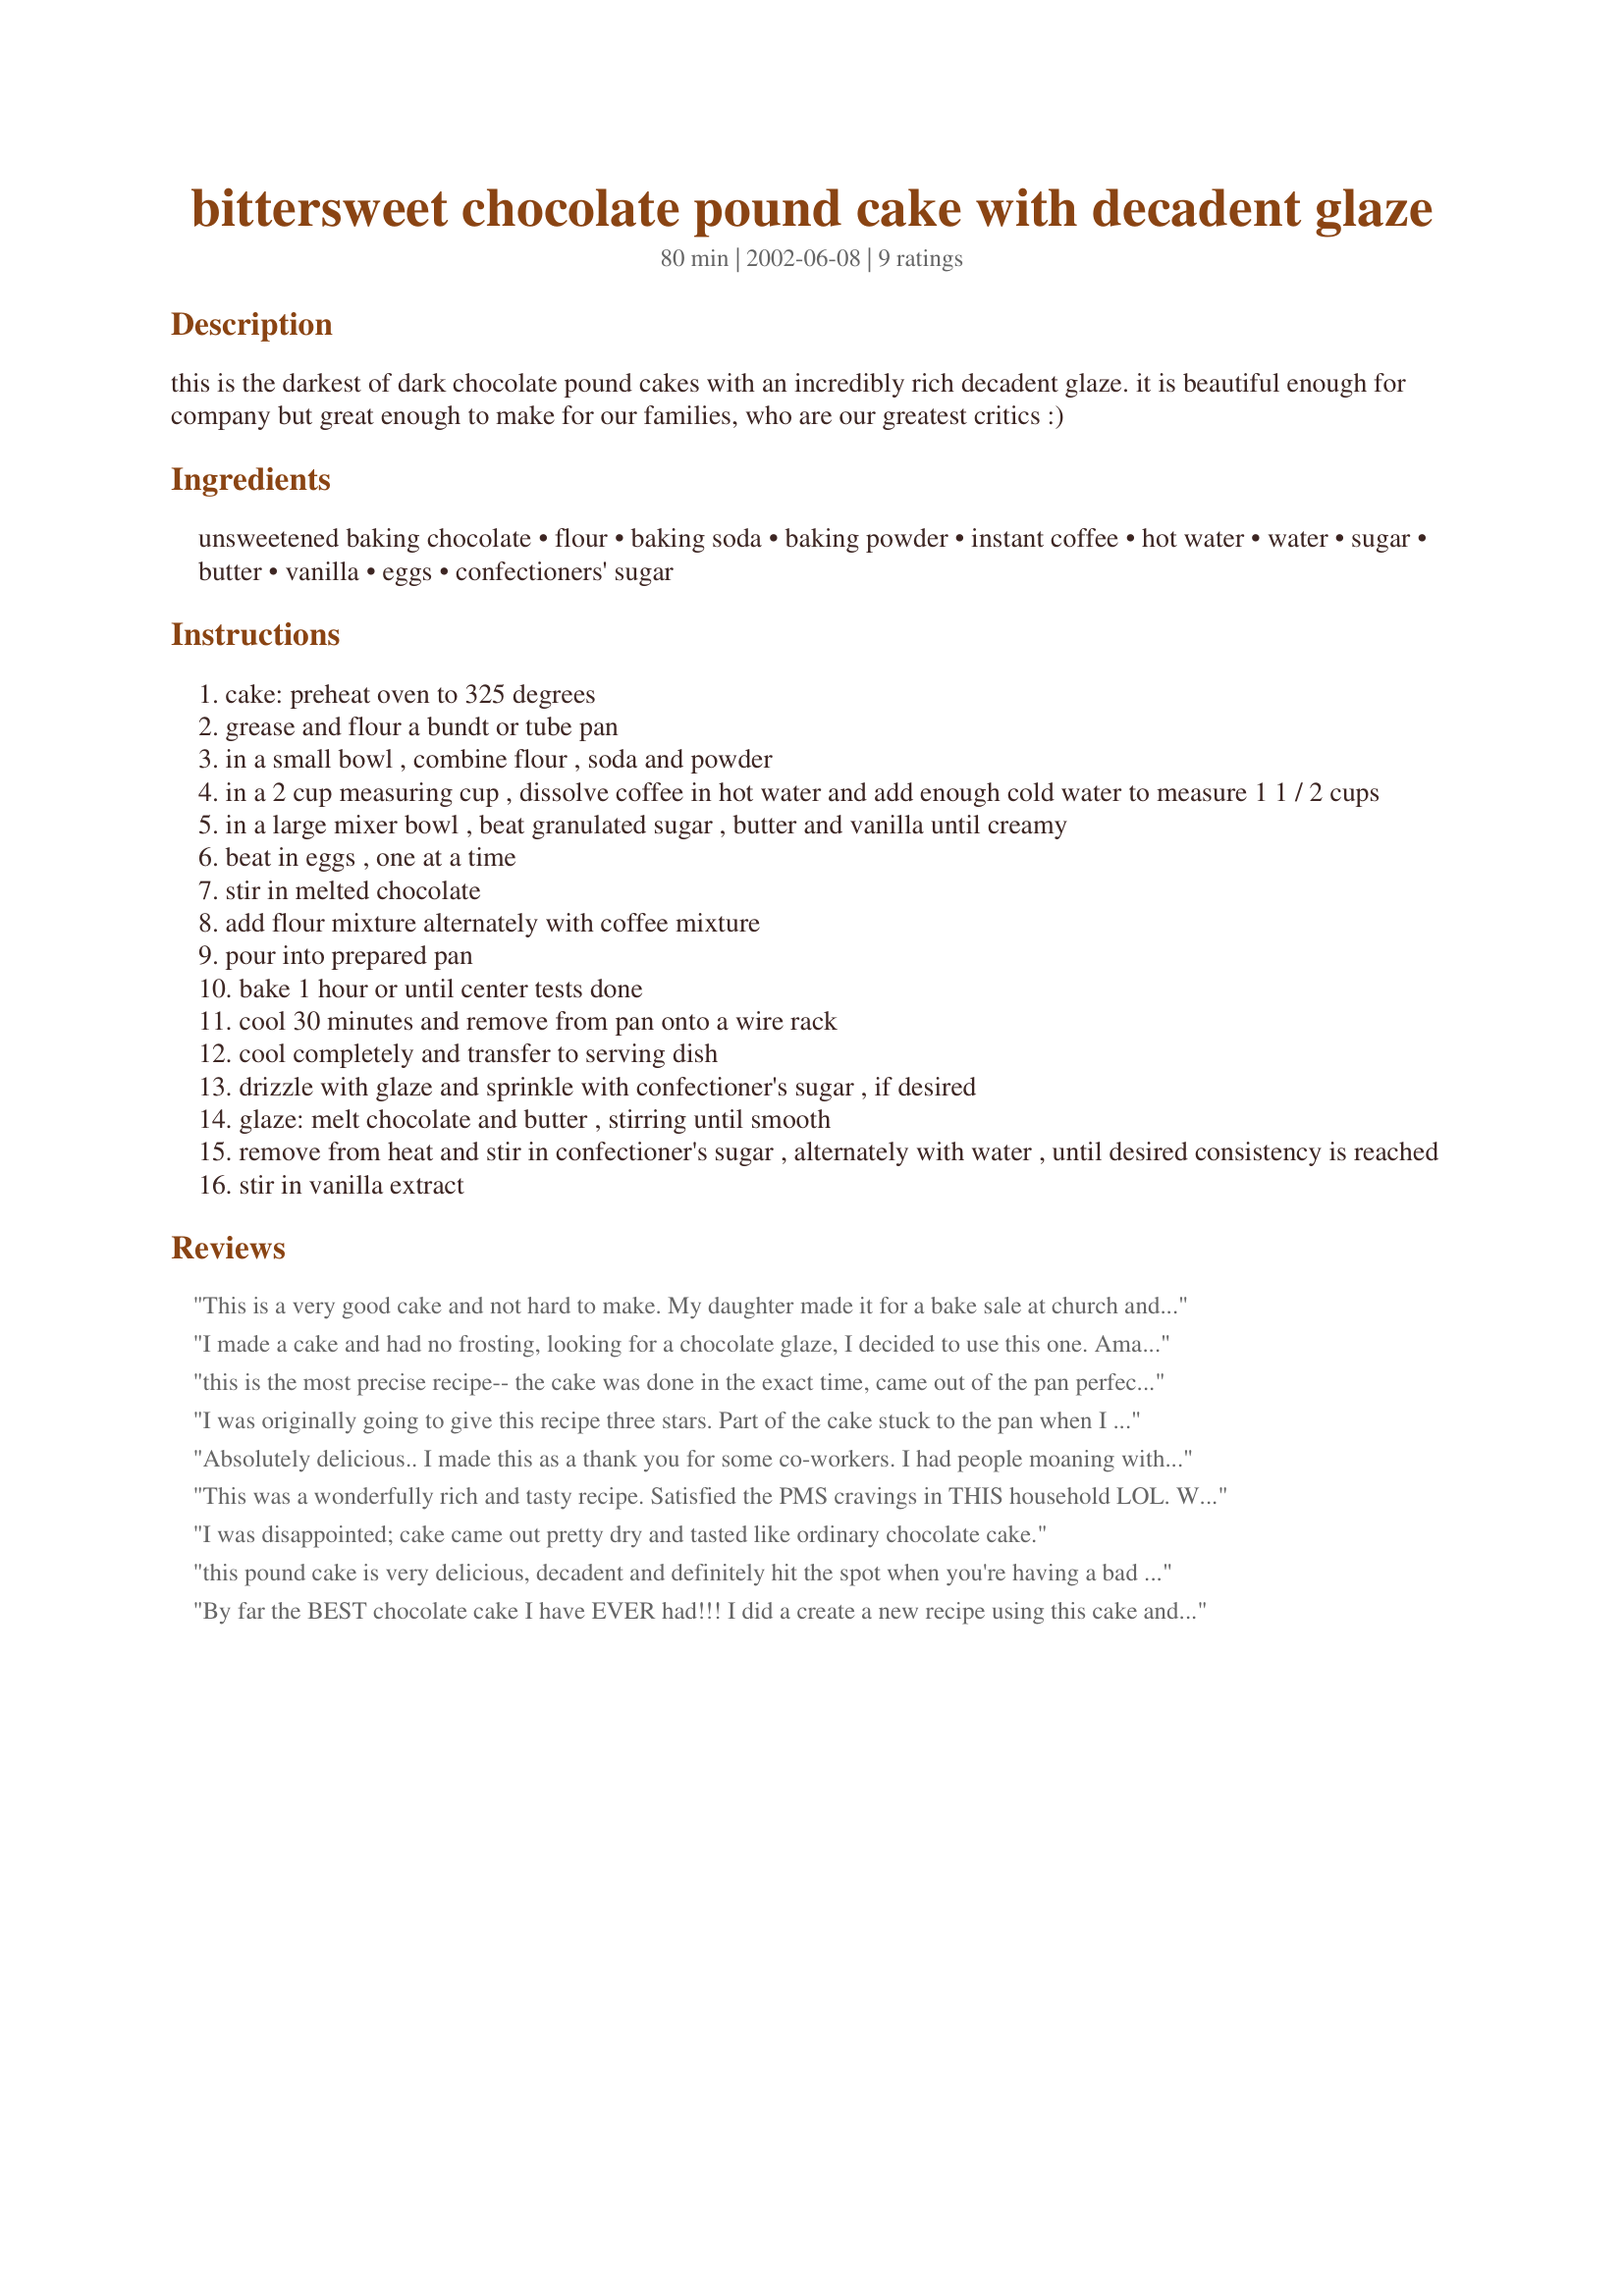
bittersweet chocolate pound cake with decadent glaze
Preparation time: 80 minutes

this is the darkest of dark chocolate pound cakes with an incredibly rich decadent glaze. it is beautiful enough for company but great enough to make for our families, who are our greatest critics :)

Ingredients:
unsweetened baking chocolate, flour, baking soda, baking powder, instant coffee, hot water, water, sugar, butter, vanilla, eggs, confectioners' sugar

Steps:
cake: preheat oven to 325 degrees
grease and flour a bundt or tube pan
in a small bowl , combine flour , soda and powder
in a 2 cup measuring cup , dissolve coffee in hot water and add enough cold water to measure 1 1 / 2 cups
in a large mixer bowl , beat granulated sugar , butter and vanilla until creamy
beat in eggs , one at a time
stir in melted chocolate
add flour mixture alternately with coffee mixture
pour into prepared pan
bake 1 hour or until center tests done
cool 30 minutes and remove from pan onto a wire rack
cool completely and transfer to serving dish
drizzle with glaze and sprinkle with confectioner's sugar , if desired
glaze: melt chocolate and butter , stirring until smooth
remove from heat and stir in confectioner's sugar , alternately with water , until desired consistency is reached
stir in vanilla extract

Reviews:
This is a very good cake and not hard to make. My daughter made it for a bake sale at church and she doesn't cook. Will make this one again.
I made a cake and had no frosting, looking for a chocolate glaze, I decided to use this one. Amazing! It was simple and so perfect. I will have to try the complete recipe sometime! Thanks for sharing, will be my "go-to" glaze from now on!
this is the most precise recipe-- the cake was done in the exact time, came out of the pan perfectly, looks and tastes great! i used the glaze and confectioners sugar, garnished with raspberries and strawberries- very impressive presentation
I was originally going to give this recipe three stars. Part of the cake stuck to the pan when I unmolded it, so of course I ate it :) and by itself, I found the cake to be relatively bland and not big on chocolate flavor. However, with the glaze on it, I thought the cake improved, and it was nicely moist. It also got a lot of positive feedback at the party I took it to, so I guess my initial reaction was a little harsh. However: I wouldn't call this cake a "pound cake" at all. That led me to expect a dense, rich, fudgy cake, which this is not.
Absolutely delicious.. I made this as a thank you for some co-workers. I had people moaning with pleasure at the taste (can I say that?). One word, I used a decorative Nordic bundt pan, and it barely contained the cake, I'll probably use the standard bundt pan the next time.
This was a wonderfully rich and tasty recipe. Satisfied the PMS cravings in THIS household LOL. We all loved it. My bundt pan bit the dust so I made it in 2 loaf pans. Your Recipe says loaf pan and It didn't sound right and within 7 minutes of cooking it started overflowing so i re-stirred the batter and put it into 2 loaf pans. Turned out wonderful. Thanks for posting
Karen
I was disappointed; cake came out pretty dry and tasted like ordinary chocolate cake.
this pound cake is very delicious, decadent and definitely hit the spot when you're having a bad chocolate craving! I halved the recipe and baked this in a 8x8 square pan for approx 35-40 minutes. I served it with the glaze and it's TDF! Thanks for the great recipe!
By far the BEST chocolate cake I have EVER had!!! I did a create a new recipe using this cake and will post if I have permission. Awsome cake!
